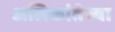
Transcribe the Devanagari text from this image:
अलिकांतेच्या